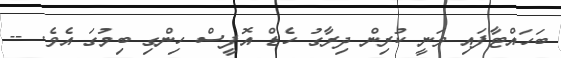
ބަހައްޓާފައި ވަނީ ކުރިން ދިރާގު ހެޑް އޮފީސް ހިންގި ބިމުގަ އެވެ. --